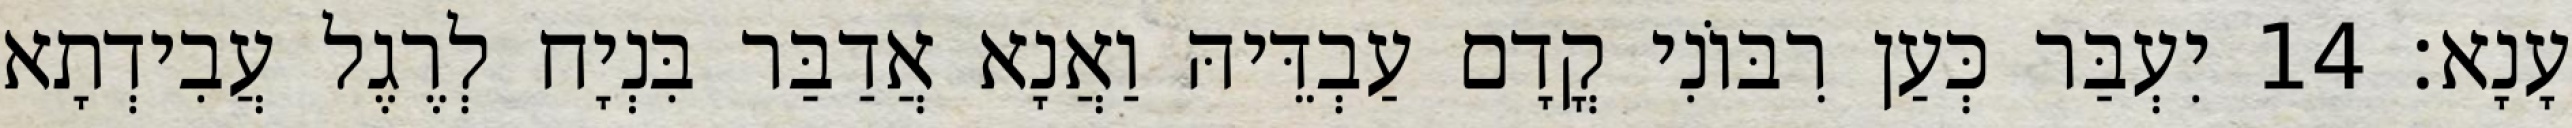
עָנָא׃ 14 יִעְבַּר כְּעַן רִבּוֹנִי קֳדָם עַבְדֵּיהּ וַאֲנָא אֲדַבַּר בִּנְיָח לְרֶגֶל עֲבִידְתָא